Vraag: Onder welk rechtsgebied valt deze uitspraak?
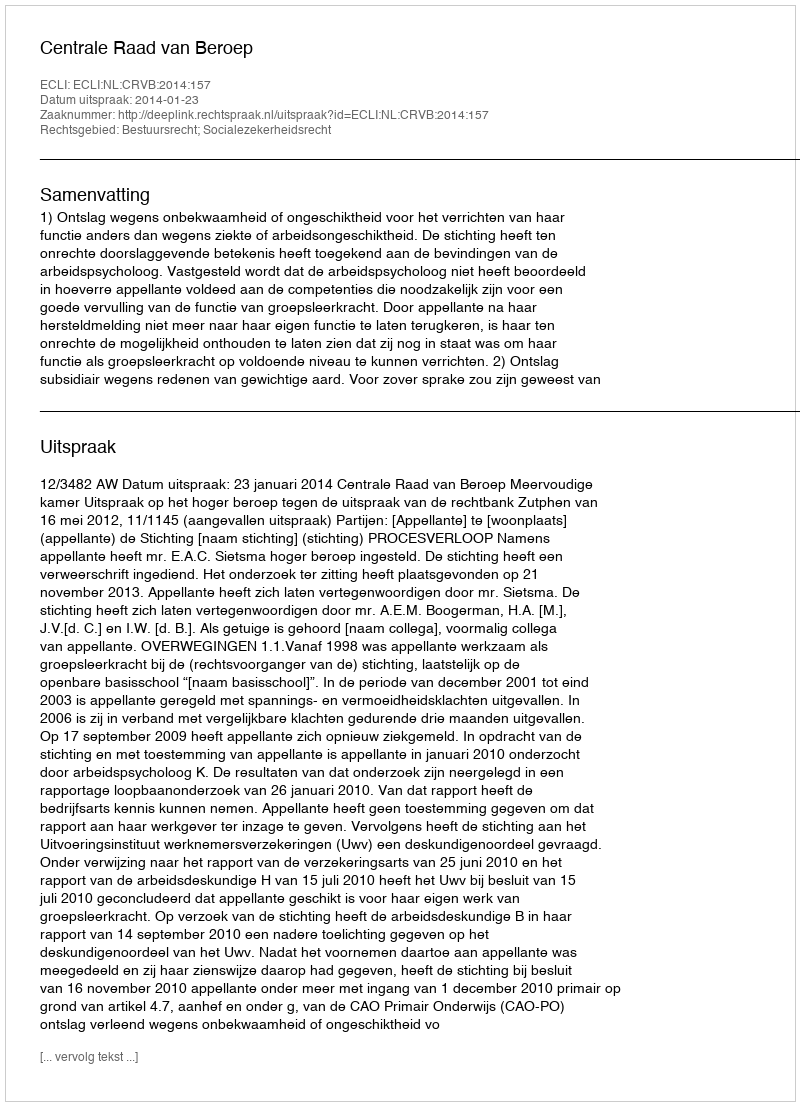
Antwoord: Bestuursrecht; Socialezekerheidsrecht